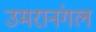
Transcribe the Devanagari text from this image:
उमरानंगल